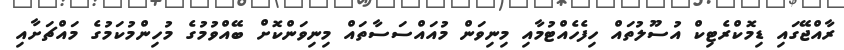
ރާއްޖޭގައި ޑިމޮކްރެޓިކް އުސޫލުތައް ހިފެހެއްޓުމާއި މިނިވަން މުއައްސަސާތައް މިނިވަންކޮށް ބޭއްވުމުގެ މުހިންމުކަމުގެ މައްޗަށާއި